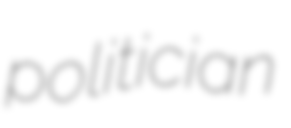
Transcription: politician